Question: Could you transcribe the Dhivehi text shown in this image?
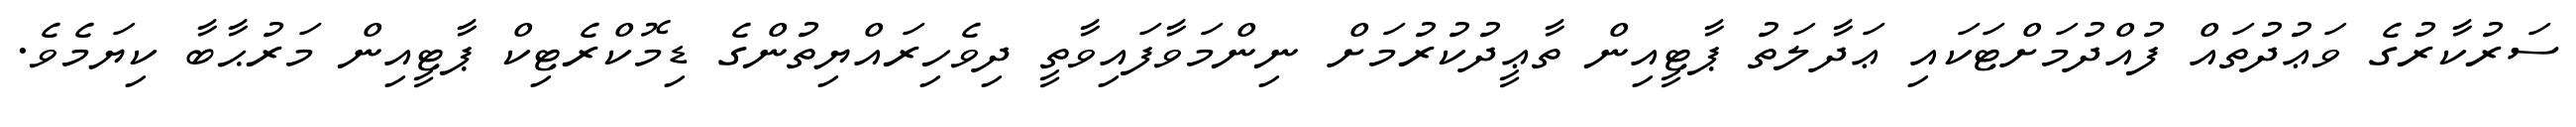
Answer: ސަރުކާރުގެ ވަޢުދުތައް ފުއްދުމަށްޓަކައި ޢަދާލަތު ޕާޓީއިން ތާޢީދުކުރުމަށް ނިންމަވާފައިވާތީ ދިވެހިރައްޔިތުންގެ ޑިމޮކްރެޓިކް ޕާޓީއިން މަރުޙާބާ ކިޔަމެވެ.